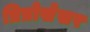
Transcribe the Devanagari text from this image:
प्रिप्रोसेसर